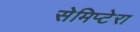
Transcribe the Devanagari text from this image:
सेमिप्टेरा